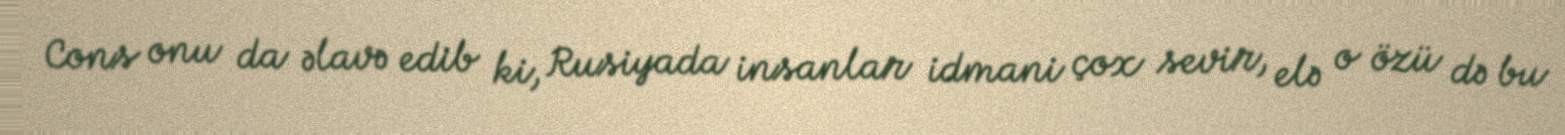
Cons onu da əlavə edib ki, Rusiyada insanlar idmani çox sevir, elə o özü də bu